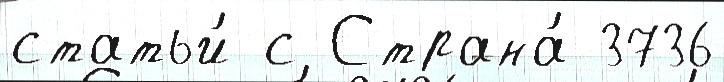
статьи́ с Страна́ 3736